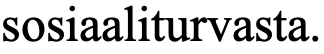
sosiaaliturvasta.